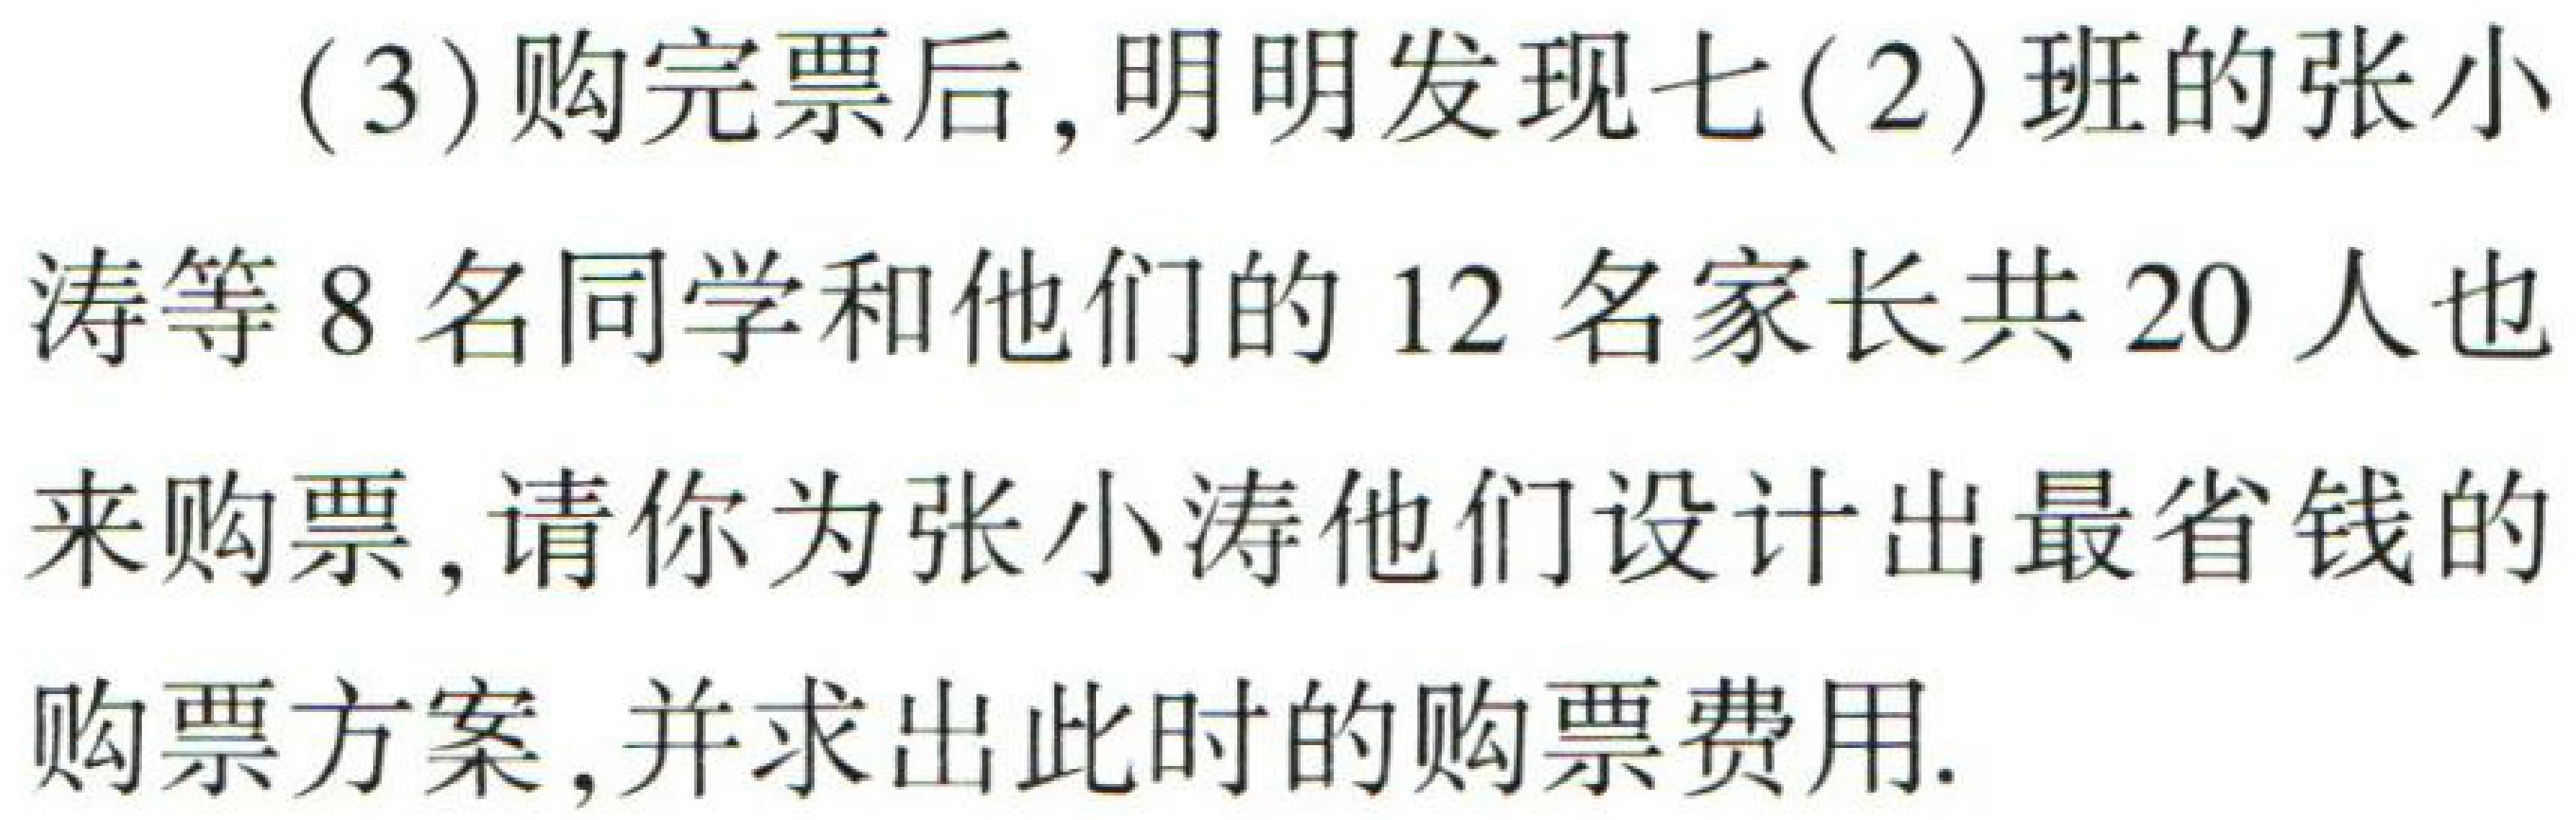
(3)购完票后，明明发现七(2)班的张小涛等8名同学和他们的12名家长共20人也来购票，请你为张小涛他们设计出最省钱的购票方案，并求出此时的购票费用.